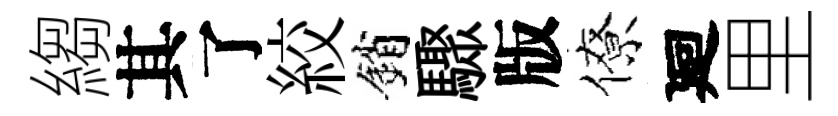
縐其了絞銷驟版僚廻里